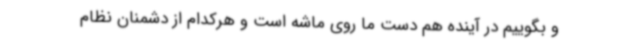
و بگوییم در آینده هم دست ما روی ماشه است و هرکدام از دشمنان نظام